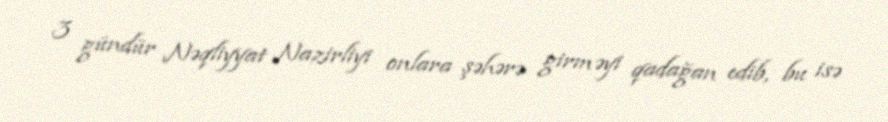
3 gündür Nəqliyyat Nazirliyi onlara şəhərə girməyi qadağan edib, bu isə